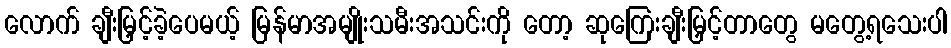
လောက် ချီးမြှင့်ခဲ့ပေမယ့် မြန်မာအမျိုးသမီးအသင်းကို တော့ ဆုကြေးချီးမြှင့်တာတွေ မတွေ့ရသေးပါ